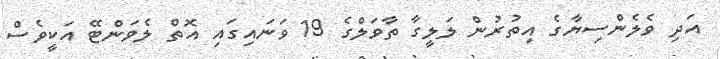
އަދި ވެލެންސިޔާގެ އިތުރުން ލަލީގާ ތާވަލްގެ 19 ވަނައިގައި އޮތް ލެވަންޓޭ އަކީވެސް